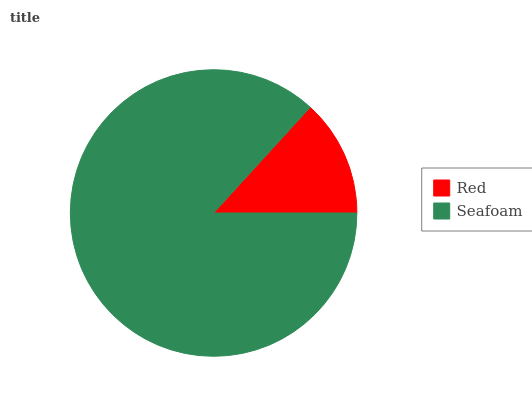
| Red | Seafoam |
 | --- | --- |
 | 13.2% | 86.8% |